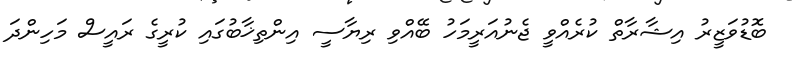
ބޮޑުވަޒީރު އިޝާރާތް ކުރެއްވީ ޖެނުއަރީމަހު ބޭއްވި ރިޔާސީ އިންތިޚާބުގައި ކުރީގެ ރައީސް މަހިންދަ